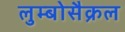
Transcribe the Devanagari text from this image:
लुम्बोसैक्रल